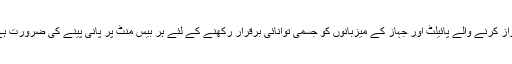
سطح زمین سے کافی بلندی پر ڈھائی تین گھنٹے کی پرواز کرنے والے پائیلٹ اور جہاز کے میزبانوں کو جسمی توانائی برقرار رکھنے کے لئے ہر بیس منٹ پر پانی پینے کی ضرورت ہے تو کیا ایسی صورت میں قضا و کفارہ دونوں لازم ہیں۔